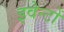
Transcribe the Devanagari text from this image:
इवेन्टों